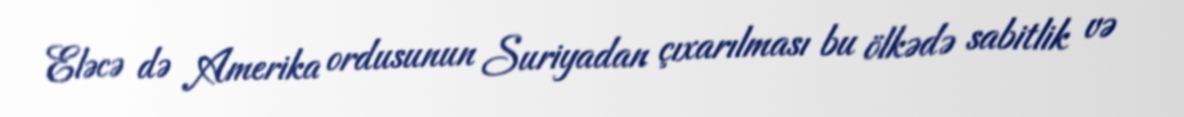
Eləcə də Amerika ordusunun Suriyadan çıxarılması bu ölkədə sabitlik və